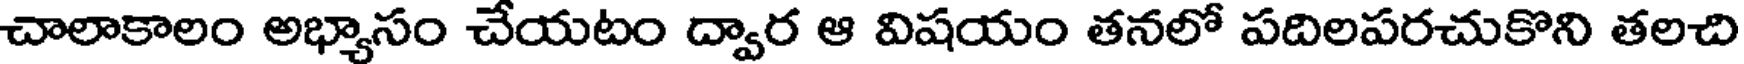
చాలాకాలం అభ్యాసం చేయటం ద్వార ఆ విషయం తనలో పదిలపరచుకొని తలచి